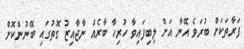
ފަރާތަކަށް ބުރަވެ އޭނާ އަށް ލިބިފައިވާ ހުރިހާ ބާރެއް ނާޖާއިޒު ގޮތުގައި ބޭނުންކޮށް